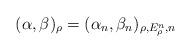
LaTeX: \begin{align*} (\alpha,\beta)_{\rho}=(\alpha_n,\beta_n)_{\rho, E_{\rho}^n, n} \end{align*}